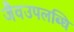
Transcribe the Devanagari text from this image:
जैवउपलब्धि